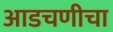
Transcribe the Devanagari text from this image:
आडचणीचा